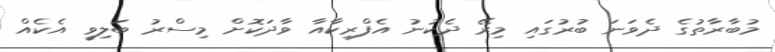
މުބާރާތުގެ ދެވަނަ ބުރުގައި މިރޭ ދެކުނު އެފްރިކާއާ ވާދަކޮށް މިސްރު ބަލިވީ އެކެއް